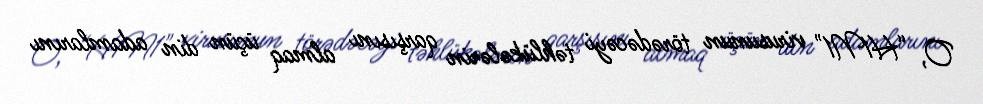
O, “H1N1" virusunun törədəcəyi təhlükələrin qarşısını almaq üçün din adamlarını